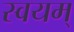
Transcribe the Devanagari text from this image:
स्वयम्‌